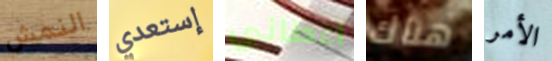
النمش إستعدي اعطاني هناك الأمر